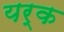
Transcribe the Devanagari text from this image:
यर्क